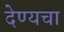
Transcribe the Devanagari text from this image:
देण्यचा